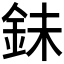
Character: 𮡮